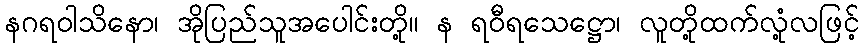
နဂရဝါသိနော၊ အိုပြည်သူအပေါင်းတို့။ န ရဝီရသေဋ္ဌော၊ လူတို့ထက်လုံ့လဖြင့်